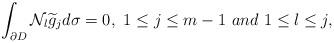
LaTeX: \begin{align*}\int_{\partial D}\mathcal{N}_{l}\widetilde{g}_{j}d\sigma=0, \,\, 1\leq j\leq m-1\,\, and \,\, 1\leq l\leq j,\end{align*}